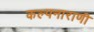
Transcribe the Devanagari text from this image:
कल्पनाराणी